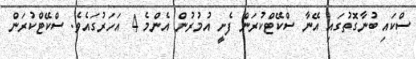
ސްކައި ބުނާގޮތުގައި އޭނާ ސްކޭޓްކުރަން ފެށީ އުމުރުން އެންމެ 4 އަހަރުގައެވެ. ސްކޭޓްކުރަން